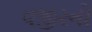
વજીરનો